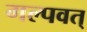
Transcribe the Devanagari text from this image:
गल्पवत्